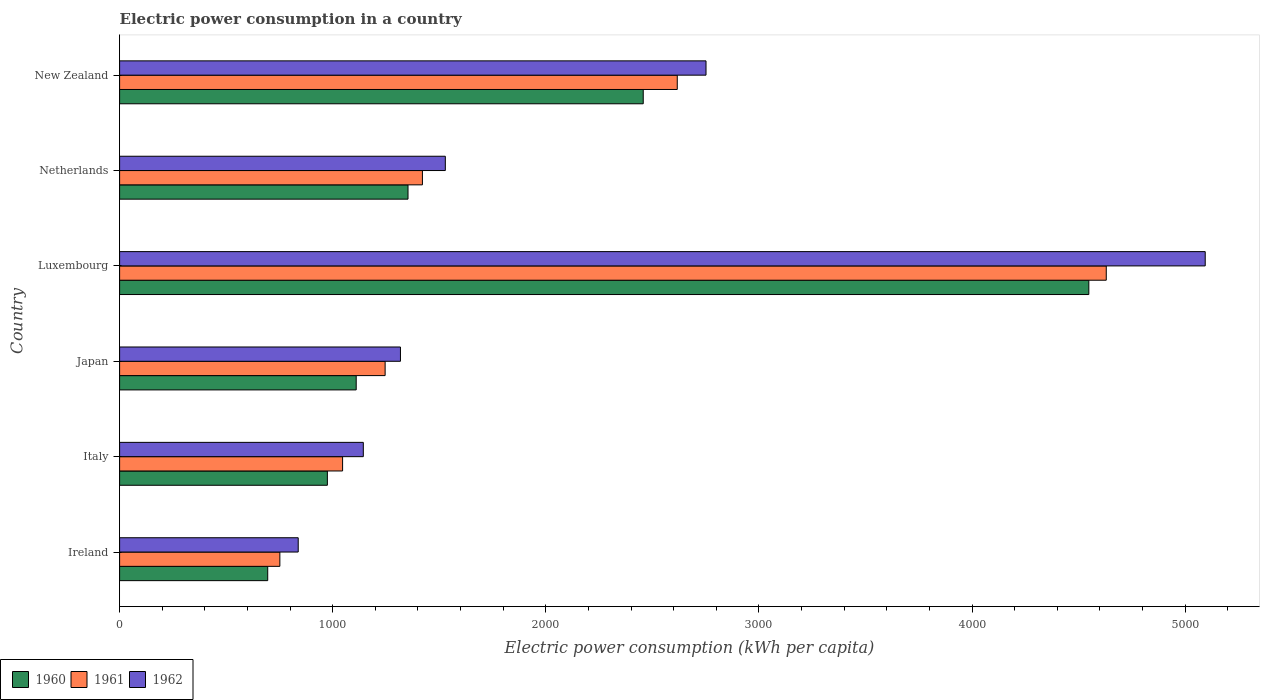
| Country | 1960 | 1961 | 1962 |
 | --- | --- | --- | --- |
 | Ireland | 695 | 752 | 838 |
 | Italy | 975 | 1.05e+03 | 1.14e+03 |
 | Japan | 1.11e+03 | 1.25e+03 | 1.32e+03 |
 | Luxembourg | 4.55e+03 | 4.63e+03 | 5.09e+03 |
 | Netherlands | 1.35e+03 | 1.42e+03 | 1.53e+03 |
 | New Zealand | 2.46e+03 | 2.62e+03 | 2.75e+03 |